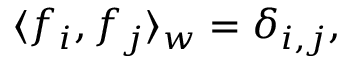
\langle f _ { i } , f _ { j } \rangle _ { w } = \delta _ { i , j } ,